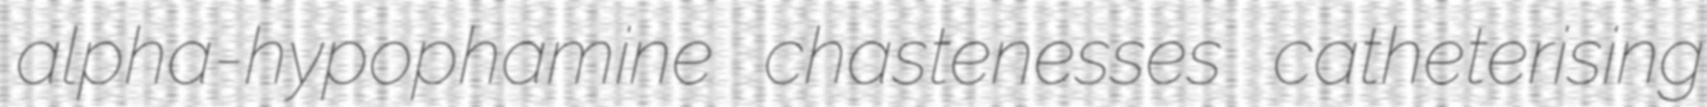
alpha-hypophamine chastenesses catheterising